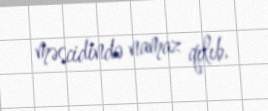
məscidində namaz qılıb.